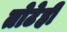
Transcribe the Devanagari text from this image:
तोटेही